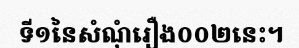
ទី១នៃសំណុំរឿង០០២នេះ។